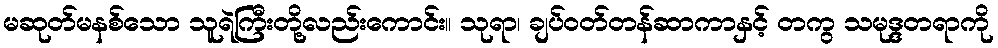
မဆုတ်မနစ်သော သူရဲကြီးတို့လည်းကောင်း။ သုရာ၊ ချပ်ဝတ်တန်ဆာကာနှင့် တကွ သမုဒ္ဒတရာကို